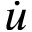
\dot { u }